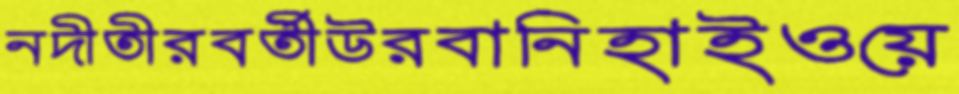
নদীতীরবর্তীউরবানিহাইওয়ে